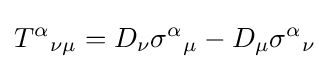
T^{\alpha }{}_{\nu \mu }=D_{\nu }\sigma ^{\alpha }{}_{\mu }-D_{\mu }\sigma ^{\alpha }{}_{\nu }